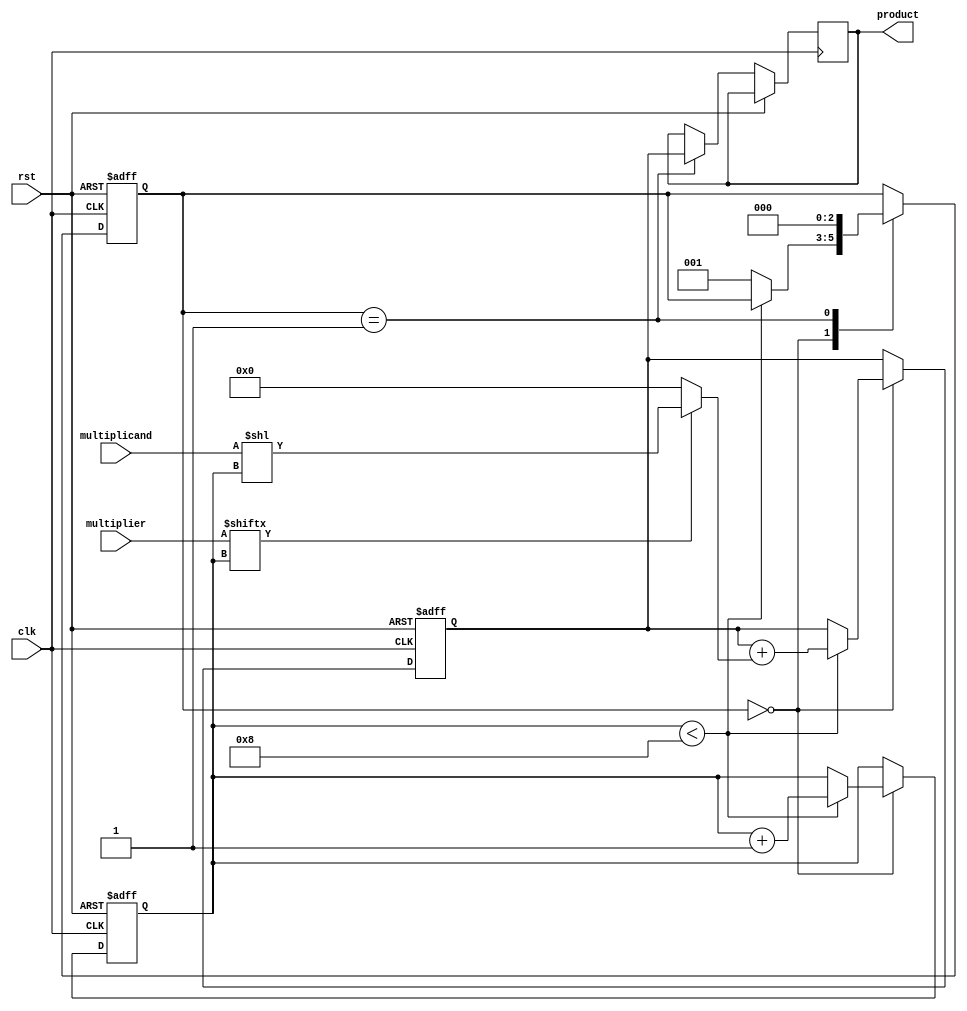
module booth_multiplier(
  input wire clk,
  input wire rst,
  input wire [7:0] multiplicand,
  input wire [7:0] multiplier,
  output reg [15:0] product
);

reg [15:0] partial_product;
reg [3:0] count;
reg [2:0] state;

always @(posedge clk or posedge rst) begin
  if (rst) begin
    partial_product <= 16'b0;
    count <= 4'b0;
    state <= 3'b0;
  end else begin
    case (state)
      3'b000: begin
        if (count < 8) begin
          partial_product <= partial_product + (multiplier[count] ? (multiplicand << count) : 16'b0);
          count <= count + 1;
        end else begin
          state <= 3'b001;
        end
      end
      3'b001: begin
        product <= partial_product;
        state <= 3'b000;
      end
    endcase
  end
end

endmodule